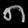
Digit: ၈